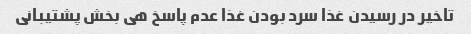
تاخیر در رسیدن غذا سرد بودن غذا عدم پاسخ هی بخش پشتیبانی